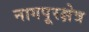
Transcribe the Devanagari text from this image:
नागपूरक्षेत्र